Vaccination North-Western Provinces and Oudh 1896-1901 - 1896-1901
Year: 1896
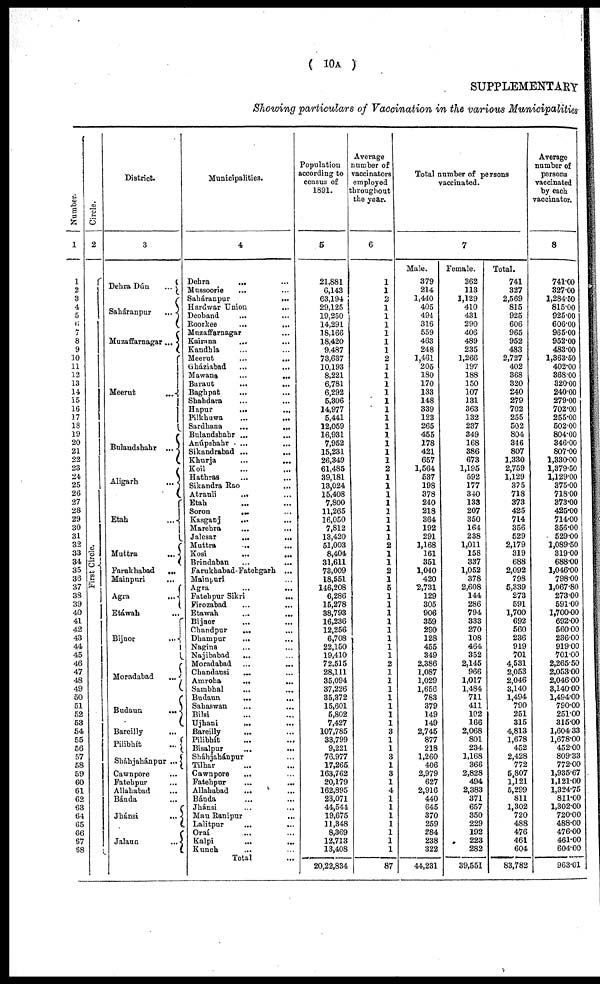
( 10A )
SUPPLEMENTARY
Showing particulars of Vaccination in the various Municipalities
Number.
1
1
2
3
4
5
6
7
8
9
10
11
12
13
14
15
16
17
18
19
20
21
22
23
24
25
26
27
28
29
30
31
32
33
34
35
36
37
38
39
40
41
42
43
44
45
46
47
48
49
50
51
52
53
54
55
56
57
58
59
60
61
62
63
64
65
66
67
68
Circle.
2
First Circle.
District.
3
Dehra Dún
...
Saháranpur
...
Muzaffarnagar ...
Meerut
...
Bulandshahr ...
Aligarh
...
Etah
...
Muttra
...
Farukhabad
...
Mainpuri
...
Agra
...
Etáwah ...
Bijnor
...
Moradabad
...
Budaun
...
Bareilly ...
Pilibhít
...
Sháhjahánpur ...
Cawnpore ...
Fatehpur ...
Allahabad ...
Bánda
...
Jhánsi
...
Jalaun
...
Municipalities.
4
Dehra ... ...
Mussoorie ... ...
Saháranpur
...
Hardwar Union ...
Deoband
... ...
Roorkee
...
...
Muzaffarnagar ...
Kairana ... ...
Kandhla ... ...
Meerut
...
...
Gháziabad ... ...
Mawana
...
...
Baraut ... ...
Baghpat ... ...
Shabdara ... ...
Hapur
... ...
Pilkhuwa
...
...
Sardhana
...
...
Bulandshahr ... ...
Anúpshahr ... ...
Sikandrabad ... ...
Khurja ... ...
Koil ... ...
Hathras ... ...
Sikandra Rao ...
Atrauli
... ...
Etah ... ...
Soron
...
...
Kasganj
...
...
Marehra ... ...
Jalesar ... ...
Muttra
... ...
Kosi
...
...
Brindaban
...
...
Farukhabad-Fatehgarh ...
Mainpuri ...
Agra ... ...
Fatehpur Sikri
...
Firozabad ... ...
Etawah ... ...
Bijnor ... ...
Chandpur
... ...
Dhampur
... ...
Nagina ... ...
Najibabad ... ...
Moradabad ... ...
Chandausi ... ...
Amroha
...
...
Sambhal ... ...
Budaun ... ...
Sahaswan ... ...
Bilsi ... ...
Ujhani
... ...
Bareilly ... ...
Pilibhít ... ...
Bisalpur
...
...
Sháhjahánpur ... ...
Tilhar ... ...
Cawnpore ... ...
Fatebpur ... ...
Allahabad ... ...
Bánda ... ...
Jhánsi ... ...
Mau Ranipur ... ...
Lalitpur ... ...
Oraí ... ...
Kalpi ... ...
Kunch ... ...
Total ...
Population
according to
census of
1891.
5
21,881
6,143
63,194
29,125
19,250
14,291
18,166
18,420
9,487
73,637
10,193
8,221
6,781
6,292
5,306
14,977
5,441
12,059
16,931
7,952
15,231
26,349
61,485
39,181
13,024
15,408
7,800
11,265
16,050
7,812
13,420
51,003
8,404
31,611
73,009
18,551
146,208
6,286
15,278
38,793
16,236
12,256
6,708
22,150
19,410
72,515
28,111
35,094
37,226
35,372
15,601
5,802
7,427
107,785
33,799
9,221
76,977
17,265
163,762
20,179
162,895
23,071
44,544
19,675
11,348
8,369
12,713
13,408
20,22,834
Average
number of
vaccinators
employed
throughout
the year.
6
1
1
2
1
1
1
1
1
1
2
1
1
1
1
1
1
1
1
1
1
1
1
2
1
1
1
1
1
1
1
1
2
1
1
2
1
5
1
1
1
1
1
1
1
1
2
1
1
1
1
1
1
1
3
1
1
3
1
3
1
4
1
1
1
1
1
1
1
87
Total number of persons
vaccinated.
7
Male.
379
214
1,440
405
494
316
559
463
248
1,461
205
180
170
133
148
339
123
265
455
178
421
657
1,564
537
198
378
240
218
364
192
291
1,168
161
351
1,040
420
2,731
129
305
906
359
290
128
455
349
2,386
1,087
1,029
1,656
783
379
149
149
2,745
877
218
1,260
406
2,979
627
2,916
440
645
370
259
284
238
322
44,231
Female.
362
113
3,129
410
431
290
406
489
235
1,266
197
188
150
107
131
363
132
237
349
168
386
673
1,195
592
177
340
133
207
350
164
238
1,011
158
337
1,052
378
2,608
144
286
794
333
270
108
464
352
2,145
966
1,017
1,484
711
411
102
166
2,068
801
234
1,168
366
2,828
494
2,383
371
657
350
229
192
223
282
39,551
Total.
741
327
2,569
815
925
606
965
952
483
2,727
402
368
320
240
279
702
255
502
804
346
807
1,330
2,759
1,129
375
718
373
425
714
356
529
2,179
319
688
2,092
798
5,339
273
591
1,700
692
560
236
919
701
4,531
2,053
2,046
3,140
1,494
790
251
315
4,813
1,678
452
2,428
772
5,807
1,121
5,299
811
1,302
720
488
476
461
604
83,782
Average
number of
persons
vaccinated
by each
vaccinator.
8
741.00
327.00
1,284.50
815.00
925.00
606.00
965.00
952.00
483.00
1,363.50
402.00
368.00
320.00
240.00
279.00
702.00
255.00
502.00
804.00
346.00
807.00
1,330.00
1,379.50
1,129.00
375.00
718.00
373.00
425.00
714.00
356.00
529.00
1,089.50
319.00
688.00
1,046.00
798.00
1,067.80
273.00
591.00
1,700.00
692.00
560.00
236.00
919.00
701.00
2,265.50
2,053.00
2,046.00
3,140.00
1,494.00
790.00
251.00
315.00
1,604.33
1,678.00
452.00
809.33
772.00
1,935.67
1,121.00
1,324.75
811.00
1,302.00
720.00
488.00
476.00
461.00
604.00
963.01